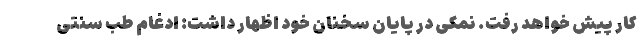
کار پیش خواهد رفت. نمکی در پایان سخنان خود اظهار داشت: ادغام طب سنتی